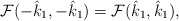
\begin{align*}\mathcal{F}(-\hat{k}_{1},-\hat{k}_{1})=\mathcal{F}(\hat{k}_{1},\hat{k}_{1}),\end{align*}